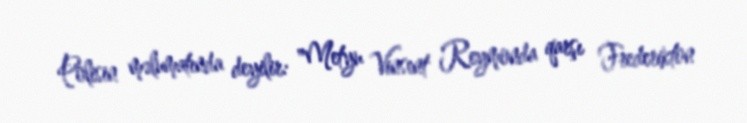
Polisin məlumatında deyilir: "Metyu Vinsent Reymonda qarşı Frederikton